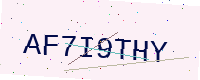
Text: AF7I9THY